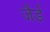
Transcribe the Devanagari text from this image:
जैर्ड